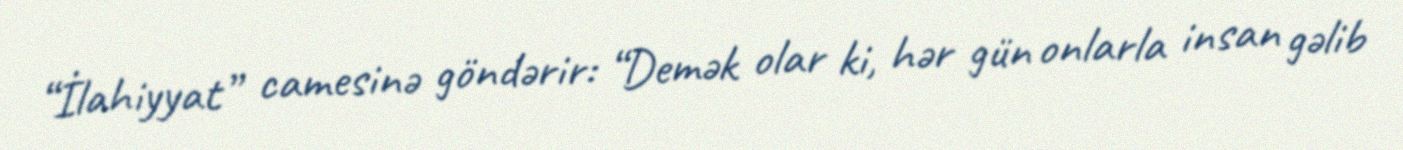
“İlahiyyat” camesinə göndərir: “Demək olar ki, hər gün onlarla insan gəlib